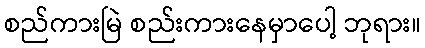
စည်ကားမြဲ စည်းကားနေမှာပေါ့ ဘုရား။